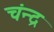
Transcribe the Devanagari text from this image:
चंन्द्र